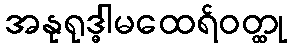
အနုရုဒ္ဓါမထေရ်ဝတ္ထု